DOW-UAP-D75, Mission Report, Gulf of Aden, July 2024
Agency: Department of War
Incident date: 7/14/24
Incident location: Gulf of Aden
Page 3
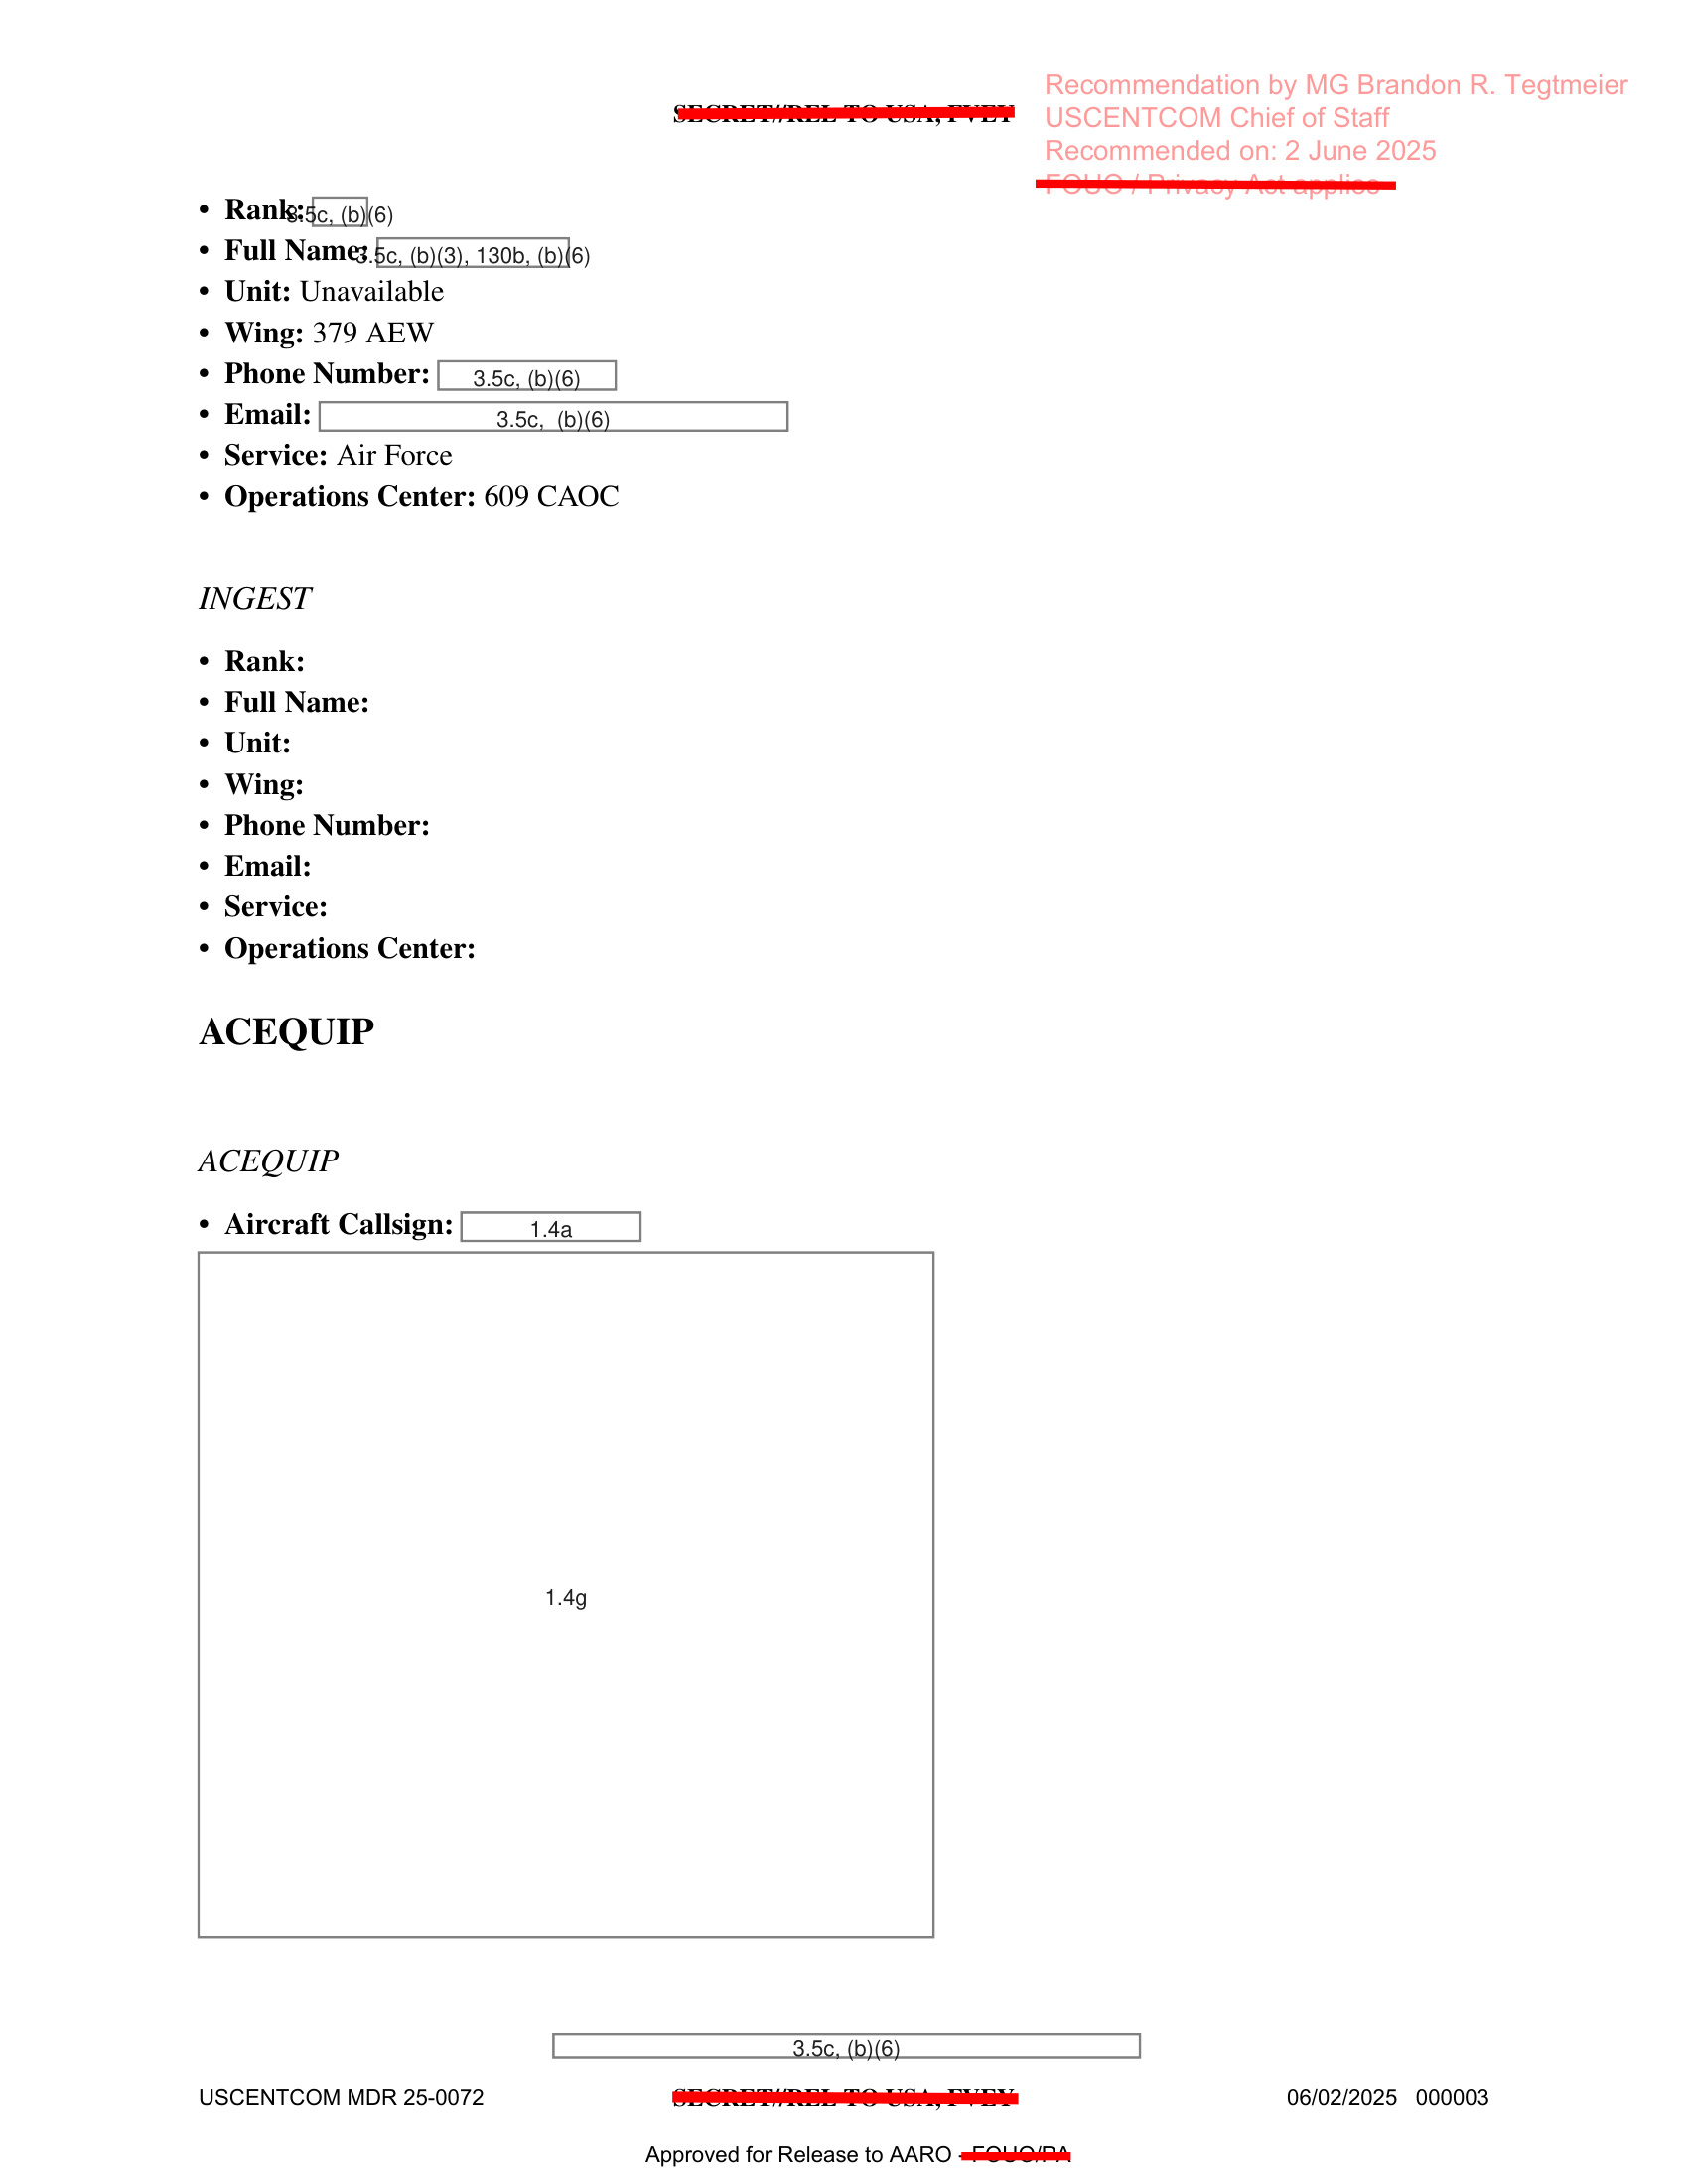